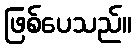
ဖြစ်ပေသည်။